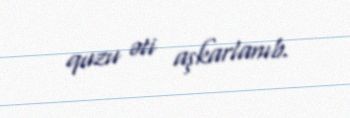
quzu əti aşkarlanıb.